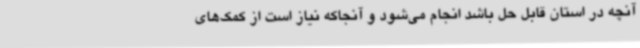
آنچه در استان قابل حل باشد انجام ‌می‌شود و آنجاکه نیاز است از کمک‌های